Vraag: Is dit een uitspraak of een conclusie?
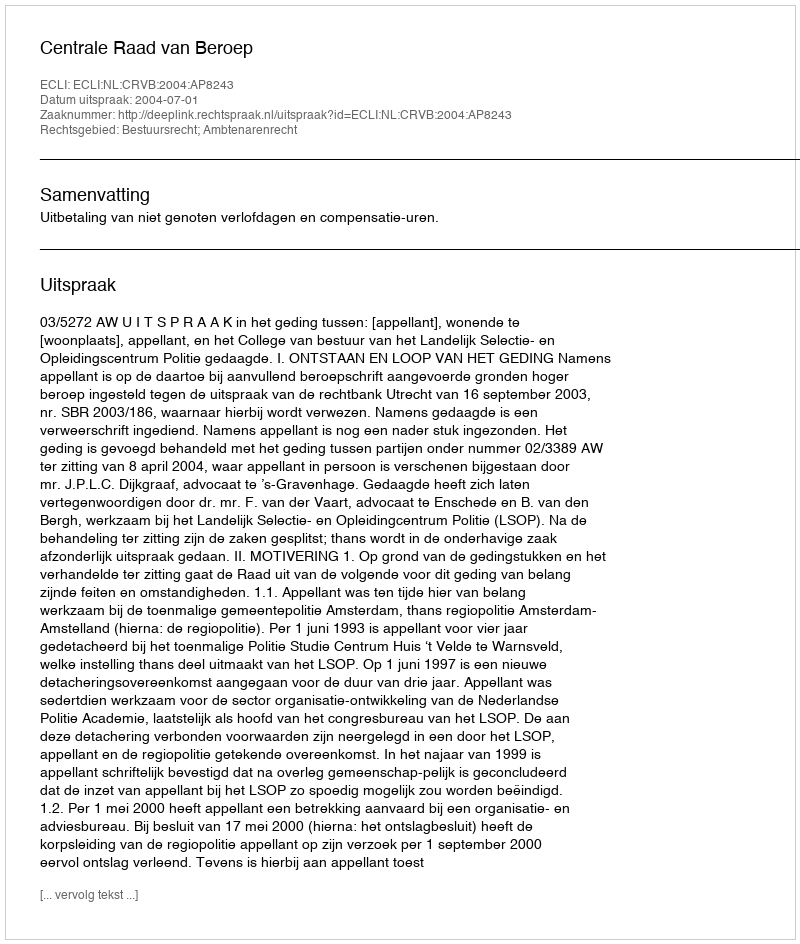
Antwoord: Uitspraak